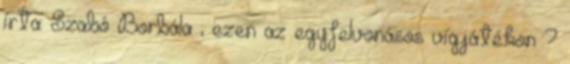
írta: Szabó Borbála ; ezen az egyfelvonásos vígjátékon ?